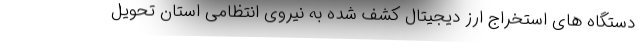
دستگاه های استخراج ارز دیجیتال کشف شده به نیروی انتظامی استان تحویل